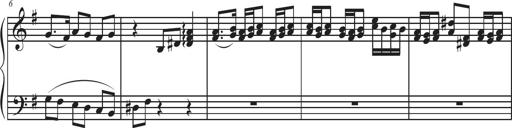
Title: Sonatina Espania
Composer: Jerald Franklin Archer
Key: Various